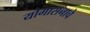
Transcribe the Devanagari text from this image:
योगासनाचे